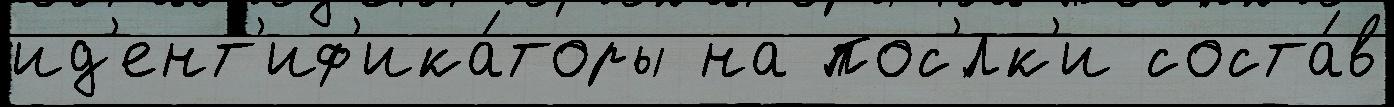
ид'ент'иф'ика́торы на пос'́лк'и соста́в